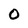
Character: 0